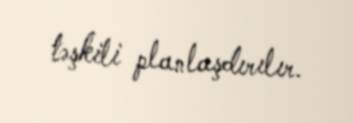
təşkili planlaşdırılır.